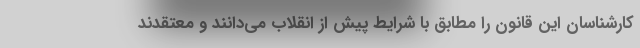
کارشناسان این قانون را مطابق با شرایط پیش از انقلاب می‌دانند و معتقدند